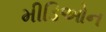
મીડિઓન